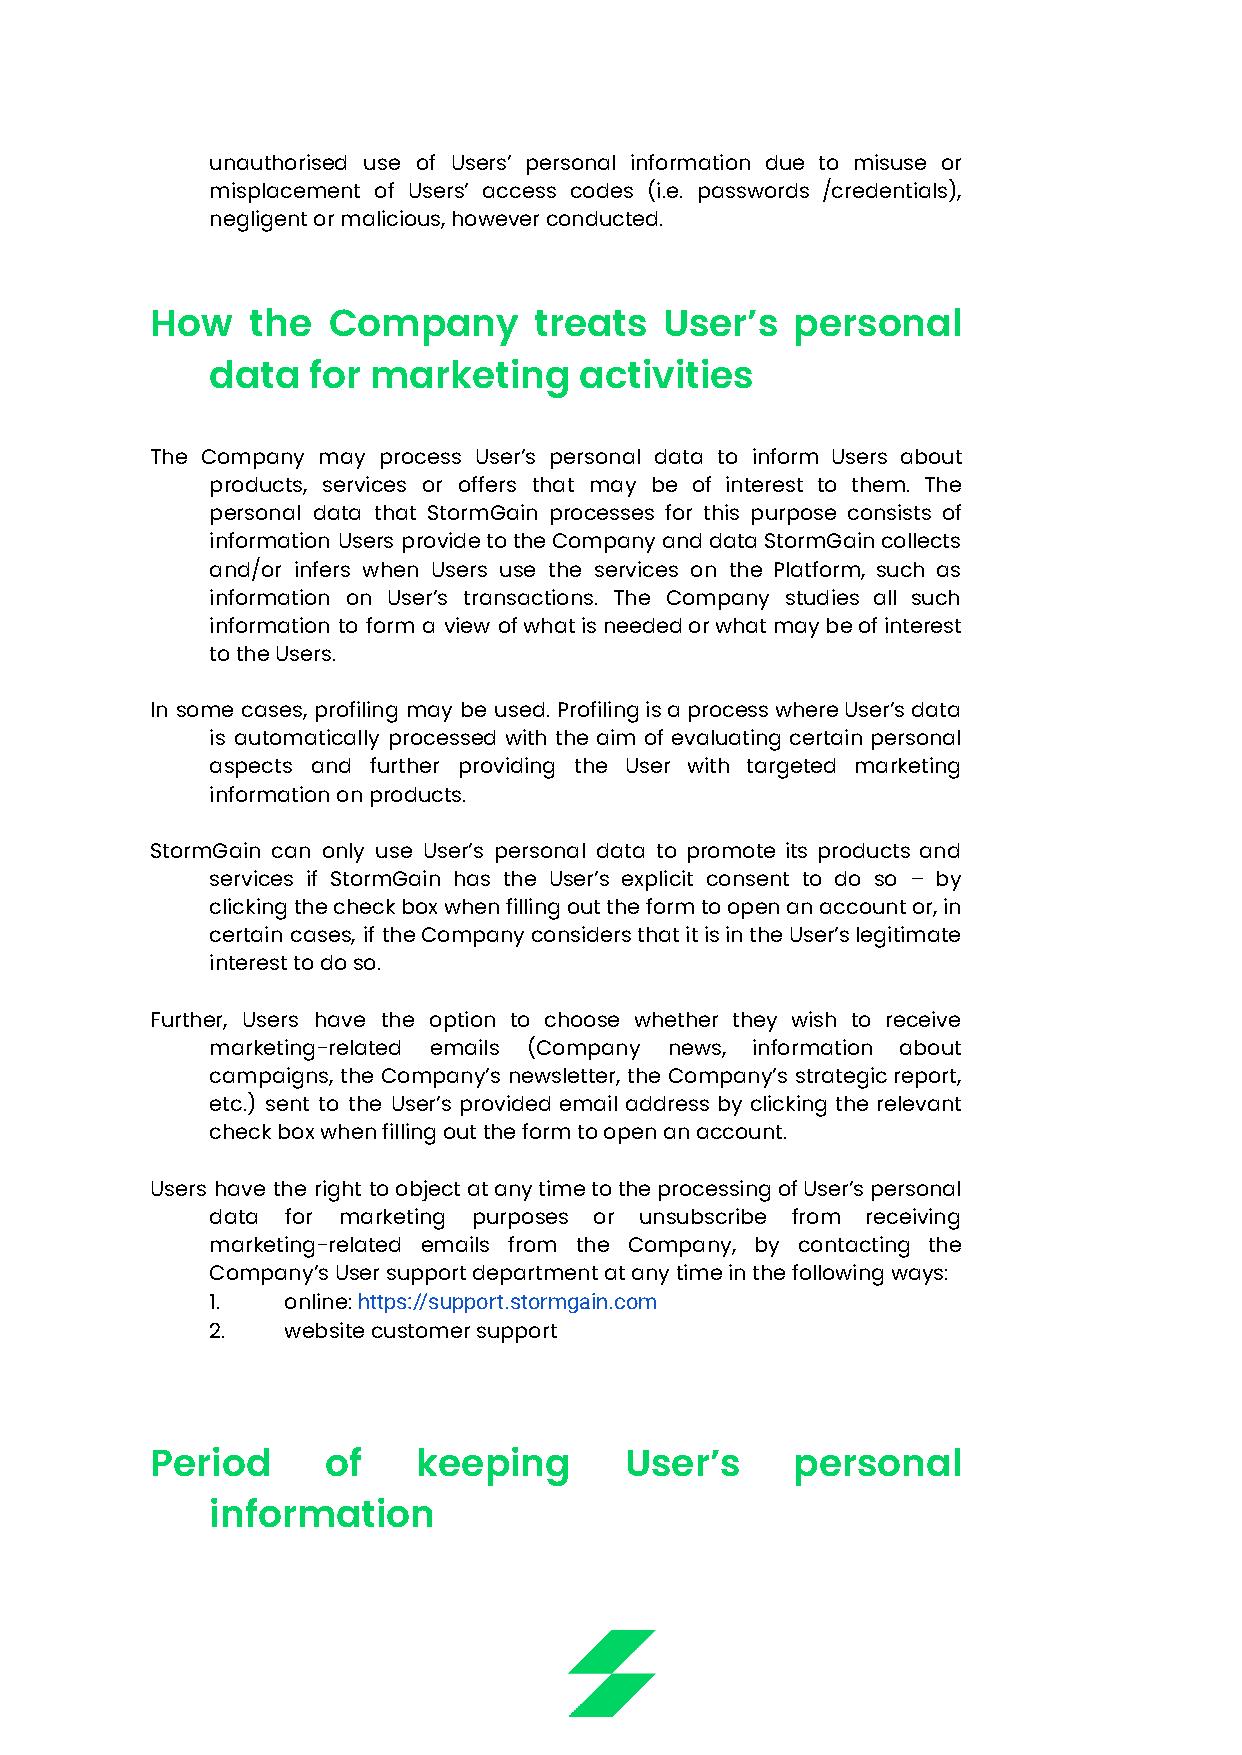
unauthorised use of Users’ personal information due to misuse or
 misplacement of Users’ access codes (i.e. passwords /credentials),
 negligent or malicious, however conducted.
 How   the   Company      treats   User’s   personal
 data  for  marketing    activities
 The Company may process User’s personal data to inform Users about
 products, services or offers that may be of interest to them. The
 personal data that StormGain processes for this purpose consists of
 information Users providetotheCompanyanddataStormGaincollects
 and/or infers when Users use the services on the Platform, such as
 information on User’s transactions. The Company studies all such
 information to form a view ofwhatisneededorwhatmaybeofinterest
 to the Users.
 In some cases, profiling may be used. ProfilingisaprocesswhereUser’sdata
 is automatically processed with the aim of evaluating certain personal
 aspects and further providing the User with targeted marketing
 information on products.
 StormGain can only use User’s personal data to promote its products and
 services if StormGain has the User’s explicit consent to do so – by
 clickingthecheckboxwhenfillingouttheformtoopenanaccountor,in
 certain cases, if theCompanyconsidersthatitisintheUser’slegitimate
 interest to do so.
 Further, Users have the option to choose whether they wish to receive
 marketing-related emails (Company news, information about
 campaigns, the Company’s newsletter, the Company’s strategicreport,
 etc.) sent to the User’s provided email address by clicking the relevant
 check box when filling out the form to open an account.
 Users have the right toobjectatanytimetotheprocessingofUser’spersonal
 data for marketing purposes or unsubscribe from receiving
 marketing-related emails from the Company, by contacting the
 Company’s User support department at any time in the following ways:
 1.   online:https://support.stormgain.com
 2.   website customer support
 Period      of    keeping      User’s     personal
 information